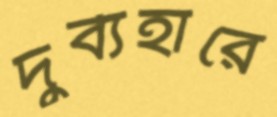
দুর্ব্যহারে